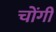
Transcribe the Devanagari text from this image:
चोंगी